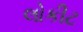
લોકીટ